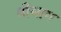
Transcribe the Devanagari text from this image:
वीभाग